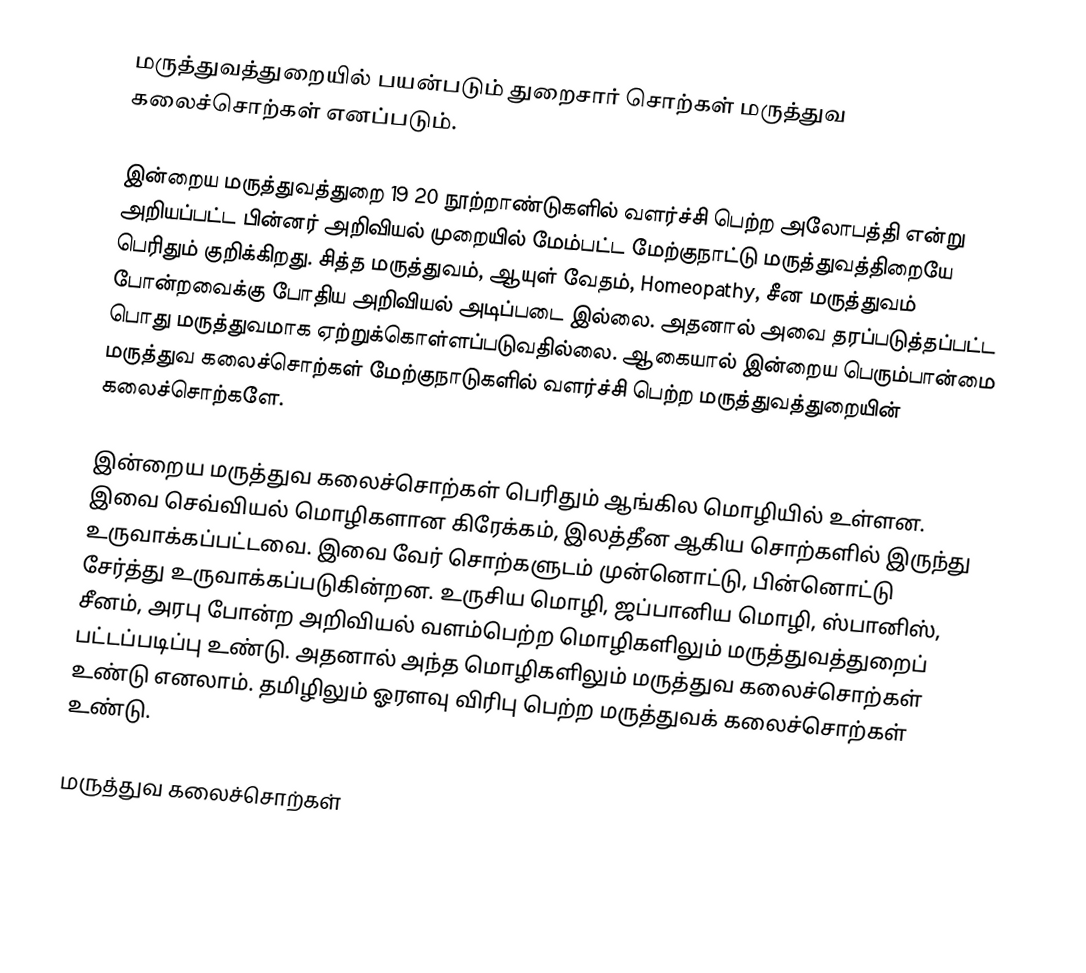
மருத்துவத்துறையில் பயன்படும் துறைசார் சொற்கள் மருத்துவ கலைச்சொற்கள் எனப்படும்.

இன்றைய மருத்துவத்துறை 19 20 நூற்றாண்டுகளில் வளர்ச்சி பெற்ற அலோபத்தி என்று அறியப்பட்ட பின்னர் அறிவியல் முறையில் மேம்பட்ட மேற்குநாட்டு மருத்துவத்திறையே பெரிதும் குறிக்கிறது.  சித்த மருத்துவம், ஆயுள் வேதம், Homeopathy, சீன மருத்துவம் போன்றவைக்கு போதிய அறிவியல் அடிப்படை இல்லை.  அதனால் அவை தரப்படுத்தப்பட்ட பொது மருத்துவமாக ஏற்றுக்கொள்ளப்படுவதில்லை.  ஆகையால் இன்றைய பெரும்பான்மை மருத்துவ கலைச்சொற்கள் மேற்குநாடுகளில் வளர்ச்சி பெற்ற மருத்துவத்துறையின் கலைச்சொற்களே.

இன்றைய மருத்துவ கலைச்சொற்கள் பெரிதும் ஆங்கில மொழியில் உள்ளன.  இவை செவ்வியல் மொழிகளான கிரேக்கம், இலத்தீன ஆகிய சொற்களில் இருந்து உருவாக்கப்பட்டவை.  இவை வேர் சொற்களுடம் முன்னொட்டு, பின்னொட்டு சேர்த்து உருவாக்கப்படுகின்றன.  உருசிய மொழி, ஜப்பானிய மொழி, ஸ்பானிஸ், சீனம், அரபு போன்ற அறிவியல் வளம்பெற்ற மொழிகளிலும் மருத்துவத்துறைப் பட்டப்படிப்பு உண்டு.  அதனால் அந்த மொழிகளிலும் மருத்துவ கலைச்சொற்கள் உண்டு எனலாம்.  தமிழிலும் ஓரளவு விரிபு பெற்ற மருத்துவக் கலைச்சொற்கள் உண்டு.

மருத்துவ கலைச்சொற்கள்